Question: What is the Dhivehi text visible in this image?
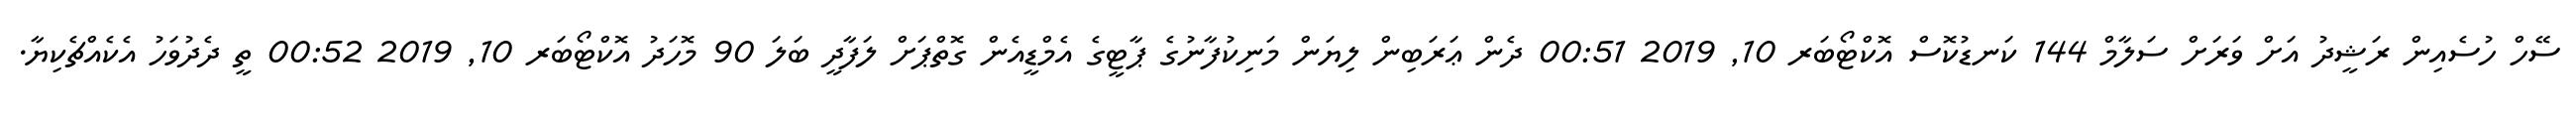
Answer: ސޭހް ހުސެއިން ރަޝީދު އަށް ވަރަށް ސަލާމް 144 ކަނޑުކޮސް އޮކްޓޯބަރ 10, 2019 00:51 ދެން ޢަރަބިން ލިޔަން މަނިކުފާނުގެ ޕާޓީގެ އެމްޑީއެން ގޮތްޕަށް ލަފާދީ ބަލަ 90 މޮހަދު އޮކްޓޯބަރ 10, 2019 00:52 ތީ ދެދުވަހު އެކެއްޗެކިޔާ.